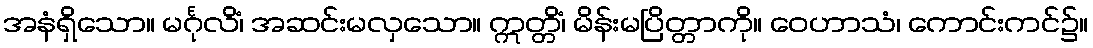
အနံရှိသော။ မင်္ဂုလိံ၊ အဆင်းမလှသော။ ဣတ္တိံ၊ မိန်းမပြိတ္တာကို။ ဝေဟာသံ၊ ကောင်းကင်၌။